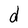
Character: d